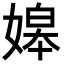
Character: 𡟷